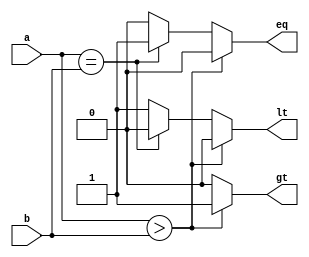
module Comparator_lv1(a,b,gt,eq,lt);

input[3:0] a;
input[3:0] b;

//Add delays gt,eq,lt #3 #5 #4

output gt;
output eq;
output lt;
reg gt,eq,lt; // Ouput must be regs

//reg[3:0] i1;
//reg[3:0] i2;

always @(*)
begin

  if( a > b )begin
    gt <= #3 1;
    eq <= #5 0;
    lt <= #4 0;
  end
  else if(a == b) begin
    eq <= #5 1;
    gt <= #3 0;
    lt <= #4 0;
  end
  else begin
    lt <= #4 1;
    eq <= #5 0;
    gt <= #3 0; 
  end   
end

endmodule